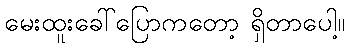
မေးထူးခေါ်ပြောကတော့ ရှိတာပေါ့။